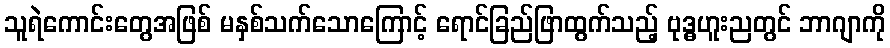
သူရဲကောင်းတွေအဖြစ် မနှစ်သက်သောကြောင့် ရောင်ခြည်ဖြာထွက်သည့် ဗုဒ္ဓဟူးညတွင် ဘာဂျာကို